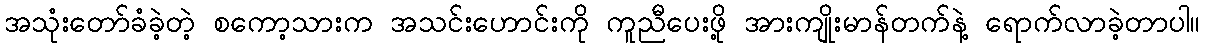
အသုံးတော်ခံခဲ့တဲ့ စကော့သားက အသင်းဟောင်းကို ကူညီပေးဖို့ အားကျိုးမာန်တက်နဲ့ ရောက်လာခဲ့တာပါ။